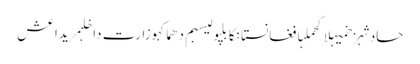
حادثہزخمیہلاکحملہافغانستانکابلپولیسبم دھماکہوزارت داخلہمریداعش